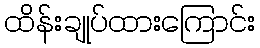
ထိန်းချုပ်ထားကြောင်း